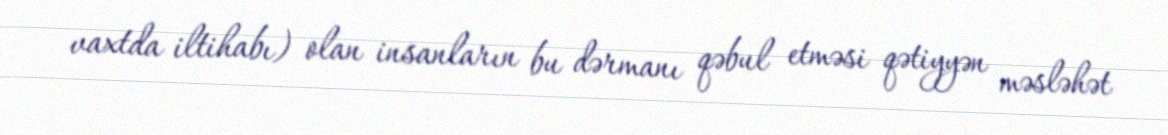
vaxtda iltihabı) olan insanların bu dərmanı qəbul etməsi qətiyyən məsləhət